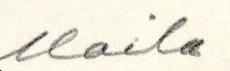
Maila